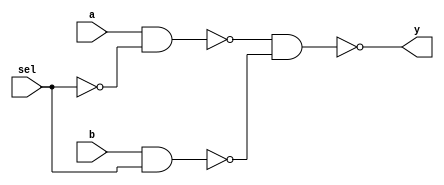
module mux2to1str (input sel, input a, input b, output y);
  // 2 to 1 mux at structural level
  // sel=select line, a&b=inputs lines
  wire sel_not, a_nand_sel, b_nand_sel, ab_nand;
  // declaring wires
  // NOT gate inverts select line input
  not u_sel_not (sel_not, sel);
    // NAND gates for selection of inputs a or b
  nand u_a_nand_sel (a_nand_sel, a, sel_not);
    //NAND between input a and inverted select line
  nand u_b_nand_sel (b_nand_sel, b, sel);
    //NAND betwwen input b and select line
  nand u_ab_nand (ab_nand, a_nand_sel, b_nand_sel);
    // Assigning the output of the NOR gate to the output port
  assign y = ab_nand;
endmodule
// test bench file is mux2to1str_tb.v